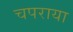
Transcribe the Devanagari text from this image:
चपराया